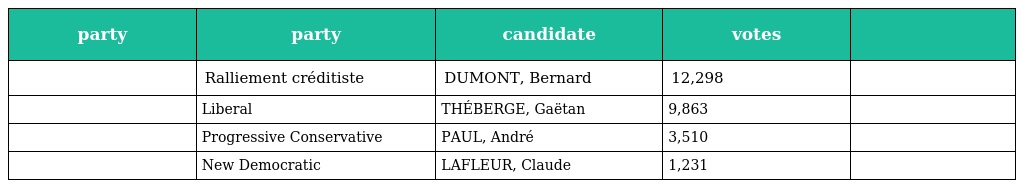
| party | party | candidate | votes |  |
 | --- | --- | --- | --- | --- |
 |  | Ralliement créditiste | DUMONT, Bernard | 12,298 |  |
 |  | Liberal | THÉBERGE, Gaëtan | 9,863 |  |
 |  | Progressive Conservative | PAUL, André | 3,510 |  |
 |  | New Democratic | LAFLEUR, Claude | 1,231 |  |